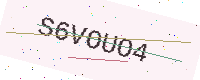
Text: S6VOUO4